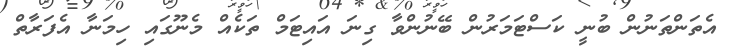
އެތަންތަނުން ބުނީ ކަސްޓަމަރުން ބޭނުންވާ ގިނަ އައިޓަމް ތަކެއް މެނޫގައި ހިމަނާ އެފަރާތް